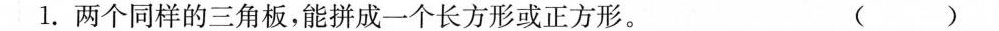
1.两个同样的三角板，能拼成一个长方形或正方形。 ( )